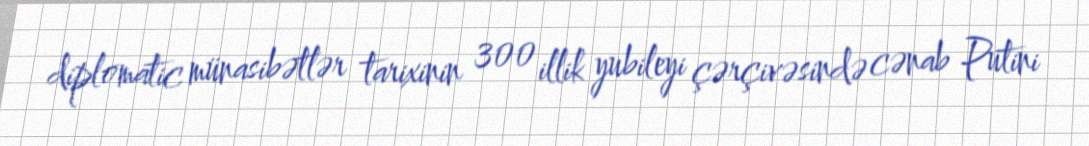
diplomatic münasibətlər tarixinin 300 illik yubileyi çərçivəsində cənab Putini